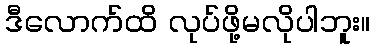
ဒီလောက်ထိ လုပ်ဖို့မလိုပါဘူး။